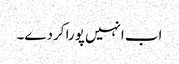
اب انہیں پورا کردے۔